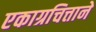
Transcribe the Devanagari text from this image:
एकाग्रचित्ताने